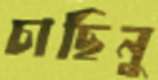
চাছিনু